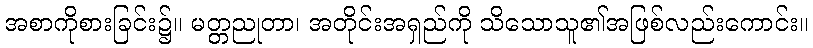
အစာကိုစားခြင်း၌။ မတ္တညုတာ၊ အတိုင်းအရှည်ကို သိသောသူ၏အဖြစ်လည်းကောင်း။